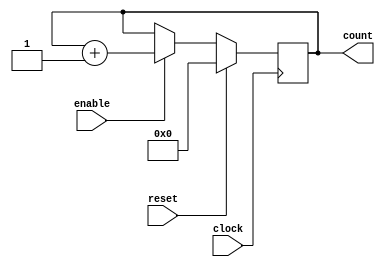
`timescale 1ns/100ps
//Design Name : counter
//Function : 4-bit up counter with synchronous active high reset and enable
// -----------------------------------------------------------------------

module counter (clock, reset, enable, count);
	input clock;
	input reset;
	input enable;
	
	output[3:0] count;
	
	wire clock;
	wire reset;
	wire enable;
	
	reg[3:0] count;
	
	always @ (posedge clock) begin	
		if(reset == 1'b1) begin 
			count <= 4'b0;
		end
		
		else if(enable == 1'b1) begin	
			count <= count + 1'b1;
		end
	end
endmodule